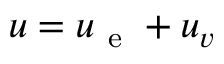
\boldsymbol { u } = \boldsymbol { u } _ { \mathrm { ~ e ~ } } + \boldsymbol { u } _ { \boldsymbol { v } }